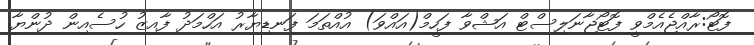
ފޮޓޯ:ރާއްޖެއެމްވީ ފޮޓޯޖާނަލިސްޓް އަޝްވާ ފަހީމް(އައްވަ) އުއްތަމަ ފަނޑިޔާރު އަހްމަދު ފާއިޒު ހުސެއިން ދުންޔާ